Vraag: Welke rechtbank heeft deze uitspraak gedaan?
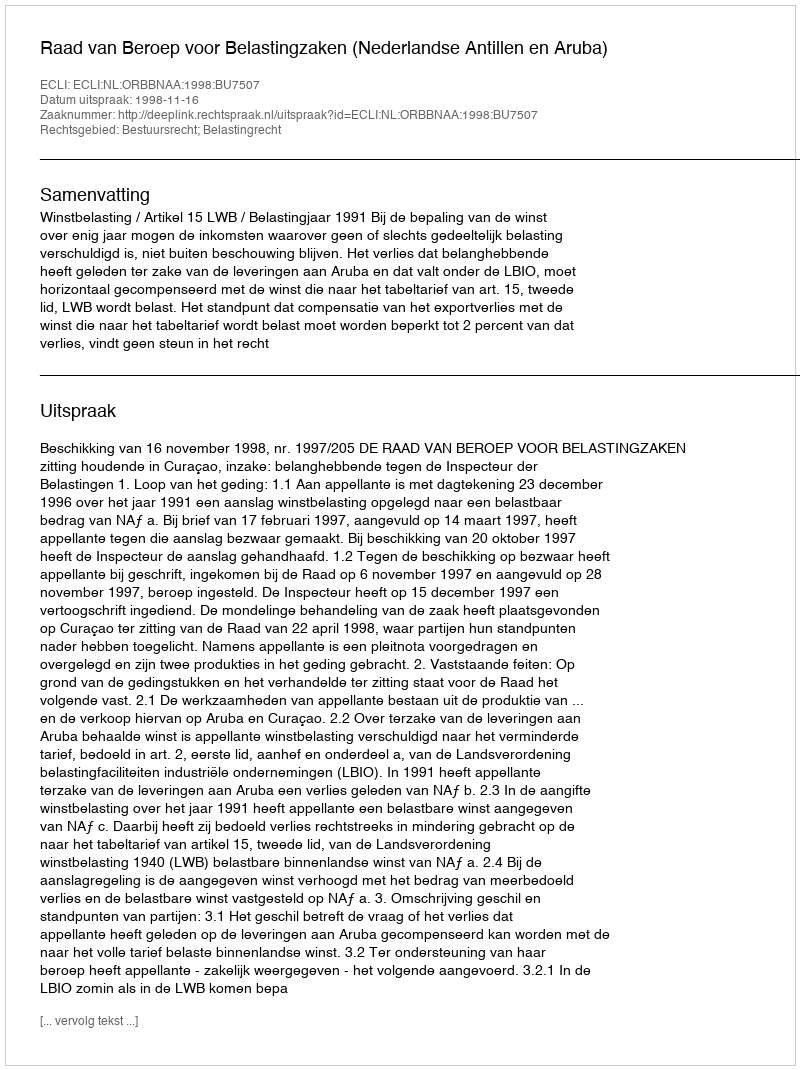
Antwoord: Raad van Beroep voor Belastingzaken (Nederlandse Antillen en Aruba)